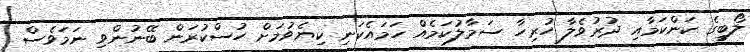
ލޯބީގެ ކަންކަމާއި ދުރުވެލާ ހުރިހާ ސަމާލުކަމެއް ހަމައެކަނި ކިޔެވުމަށް ހުސްކުރަން ބޭނުންވި ނަމަވެސް